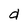
Character: d